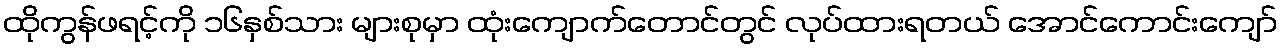
ထိုကွန်ဖရင့်ကို ၁၆နှစ်သား များစုမှာ ထုံးကျောက်တောင်တွင် လုပ်ထားရတယ် အောင်ကောင်းကျော်